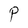
Character: P